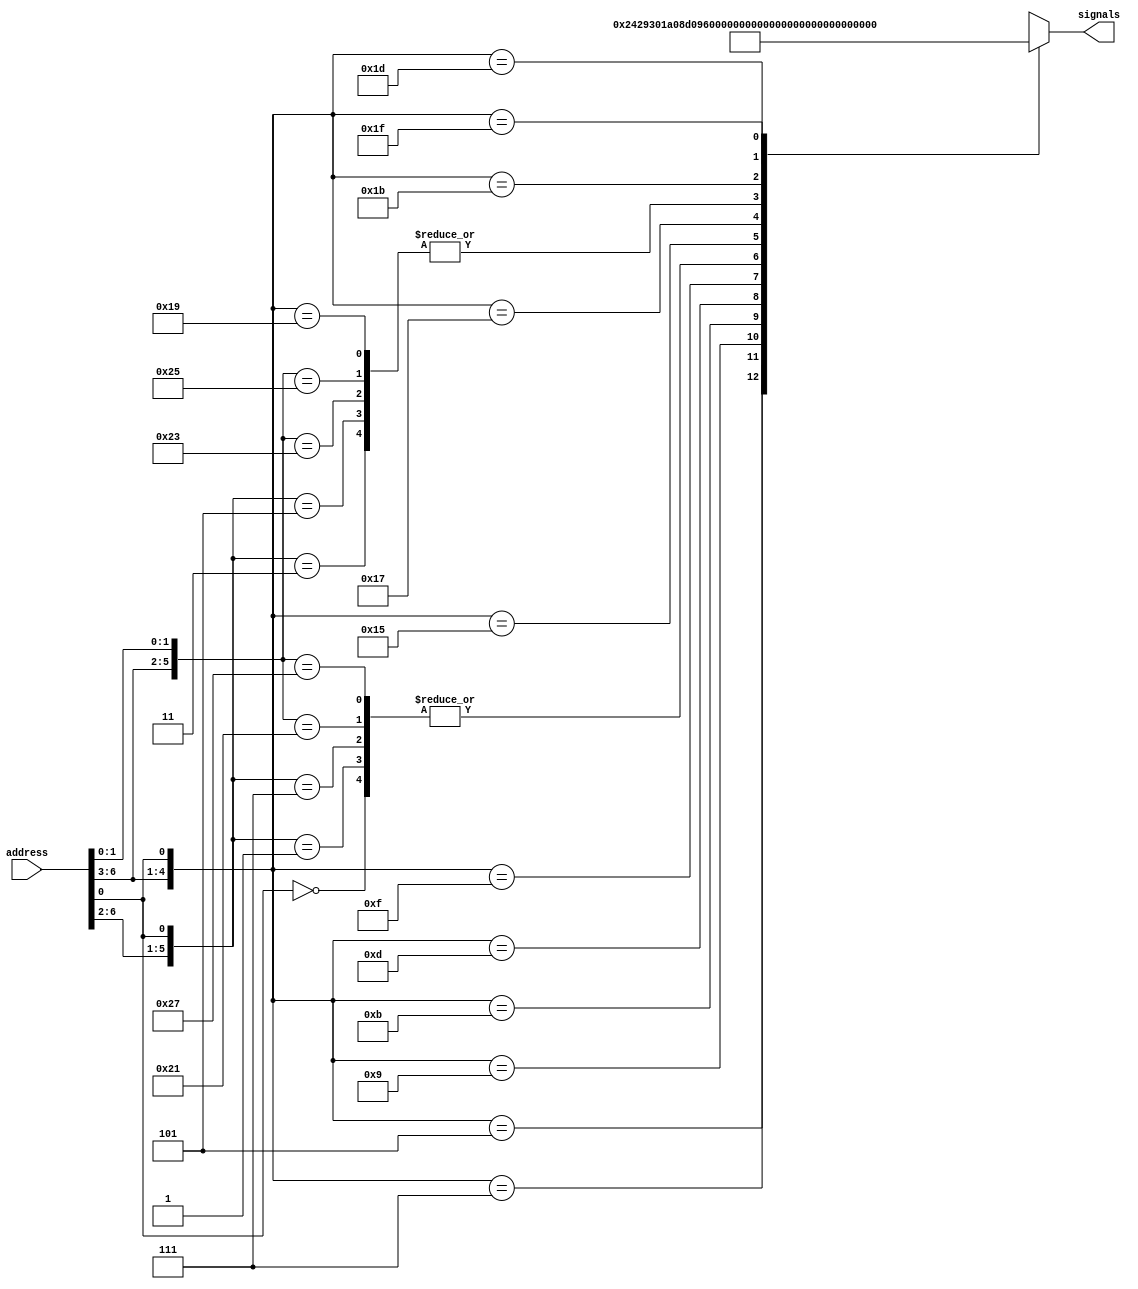
// la asignacion de la separacion se hara en el modulo de conecciones
module Decode(input [6:0] address, output [12:0] signals);

    reg [12:0] signalsReg;

    // cases para cada una de las posibles instrucciones a ejecutar
    always @ (address)
        casez(address)
            // any
            7'b????_??0: signalsReg <= 13'b1000_000_001000;
            // JC
            7'b0000_1?1: signalsReg <= 13'b0100_000_001000;
            7'b0000_0?1: signalsReg <= 13'b1000_000_001000;
            // JNC
            7'b0001_1?1: signalsReg <= 13'b1000_000_001000;
            7'b0001_0?1: signalsReg <= 13'b0100_000_001000;
            // CMPI
            7'b0010_??1: signalsReg <= 13'b0001_001_000010;
            // CMPM
            7'b0011_??1: signalsReg <= 13'b1001_001_100000;
            // LIT
            7'b0100_??1: signalsReg <= 13'b0011_010_000010;
            // IN
            7'b0101_??1: signalsReg <= 13'b0011_010_000100;
            // LD
            7'b0110_??1: signalsReg <= 13'b1011_010_100000;
            // ST
            7'b0111_??1: signalsReg <= 13'b1000_000_111000;
            // JZ
            7'b1000_?11: signalsReg <= 13'b0100_000_001000;
            7'b1000_?01: signalsReg <= 13'b1000_000_001000;
            // JNZ
            7'b1001_?11: signalsReg <= 13'b1000_000_001000;
            7'b1001_?01: signalsReg <= 13'b0100_000_001000;
            // ADDI
            7'b1010_??1: signalsReg <= 13'b0011_011_000010;
            // ADDM
            7'b1011_??1: signalsReg <= 13'b1011_011_100000;
            // JMP
            7'b1100_??1: signalsReg <= 13'b0100_000_001000;
            // OUT
            7'b1101_??1: signalsReg <= 13'b0000_000_001001;
            // NANDI
            7'b1110_??1: signalsReg <= 13'b0011_100_000010;
            // NANDM
            7'b1111_??1: signalsReg <= 13'b1011_100_100000;
            default: signalsReg <= 13'b1111111111111;
        endcase

    //asignacion para la salida    
    assign signals = signalsReg;
endmodule